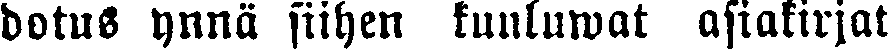
dotus ynnä siihen kuuluwat asiakirjat